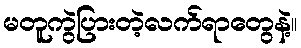
မတူကွဲပြားတဲ့လက်ရာတွေနဲ့။